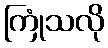
ကြုံသလို